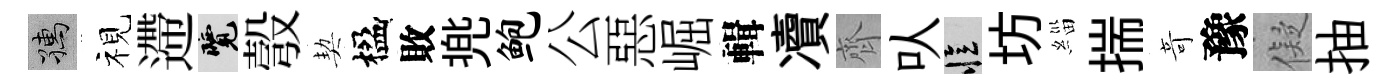
孺视遰覽彀契楹敗兠鲍公惡崛輯凟齊㕥忆坊緇揣竒豫儗抽